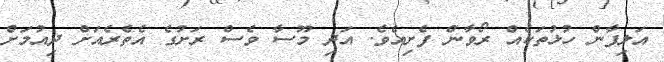
އަލިފާން ހުޅުތަކެއް ރޯވާން ފެށިއެވެ. އަދި މޫސާ ވެސް ރަށުގެ އެތެރެއަށް ދިއުމަށް